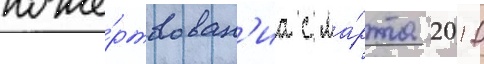
поже́ртвован'иа с ма́рта 2010